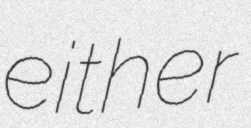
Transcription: either